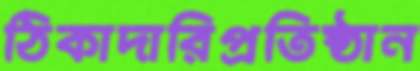
ঠিকাদারিপ্রতিষ্ঠান